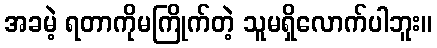
အခမဲ့ ရတာကိုမကြိုက်တဲ့ သူမရှိလောက်ပါဘူး။